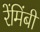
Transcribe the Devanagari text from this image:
रेंमिंबी